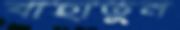
বাহাতুন